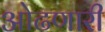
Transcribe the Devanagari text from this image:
ओढणारी